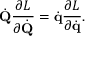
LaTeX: { \dot { \mathbf { Q } } } { \frac { \partial L } { \partial { \dot { \mathbf { Q } } } } } = { \dot { \mathbf { q } } } { \frac { \partial L } { \partial { \dot { \mathbf { q } } } } } .